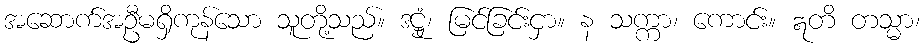
အဆောက်အဦမရှိကုန်သော သူတို့သည်။ ဒဋ္ဌုံ၊ မြင်ခြင်းငှာ။ န သက္ကာ၊ ကောင်း။ ဣတိ တသ္မာ၊